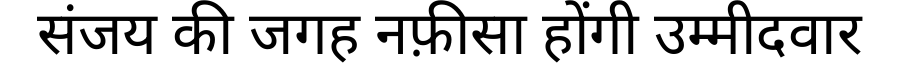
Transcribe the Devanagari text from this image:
संजय की जगह नफ़ीसा होंगी उम्मीदवार